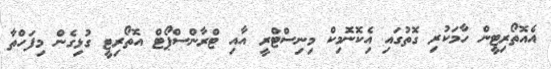
އެއޮތޯރިޓީން ހާމަަކުރި ގޮތުގައި އެިކޮނޮމިކް މިނިސްޓްރީ އާއި ޓްރާންސްޕޯޓް އޮތޯރިޓީ ގުޅިގެން މިފަހްތާ